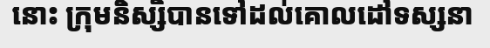
នោះ ក្រុមនិស្សិបានទៅដល់គោលដៅទស្សនា